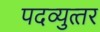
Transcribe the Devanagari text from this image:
पदव्‍युत्‍तर